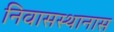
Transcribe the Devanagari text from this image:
निवासस्थानास